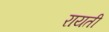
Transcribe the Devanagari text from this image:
रायती